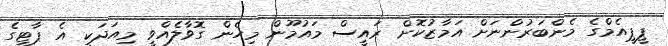
ޕީޕީއެމްގެ މެންބަރުންނަށް އަމާޒުކޮށް ރައީސް މައުމޫން މިހެން ގޮވާލެއްވީ މިއަދަކީ އެ ޕާޓީގެ